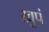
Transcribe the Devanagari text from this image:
खुपं